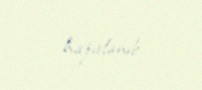
hazırlanıb.